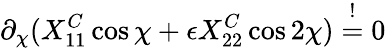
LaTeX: \partial_{\chi}(X_{11}^{C}\cos\chi+\epsilon X_{22}^{C}\cos 2\chi)\stackrel{!}{=}0